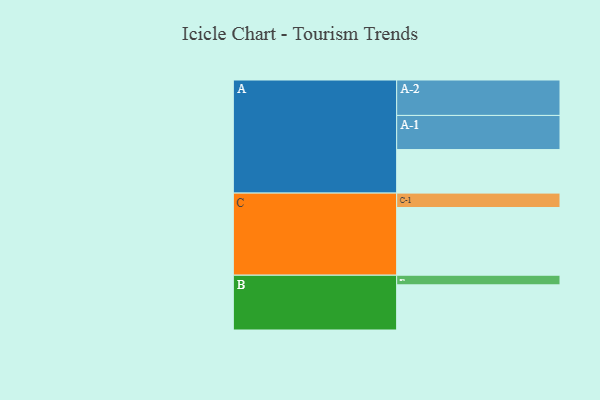
{"axis": {"x": "Segment", "y": "Value"}, "legend": ["", "A", "B", "C"], "data": [{"x": "A", "y": 344, "type": ""}, {"x": "B", "y": 357, "type": ""}, {"x": "C", "y": 535, "type": ""}, {"x": "A-1", "y": 270, "type": "A"}, {"x": "A-2", "y": 280, "type": "A"}, {"x": "B-1", "y": 76, "type": "B"}, {"x": "C-1", "y": 114, "type": "C"}]}